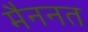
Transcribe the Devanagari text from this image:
मैननत